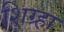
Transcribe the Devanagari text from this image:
शिग्र्हा